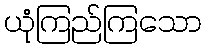
ယုံကြည်ကြသော